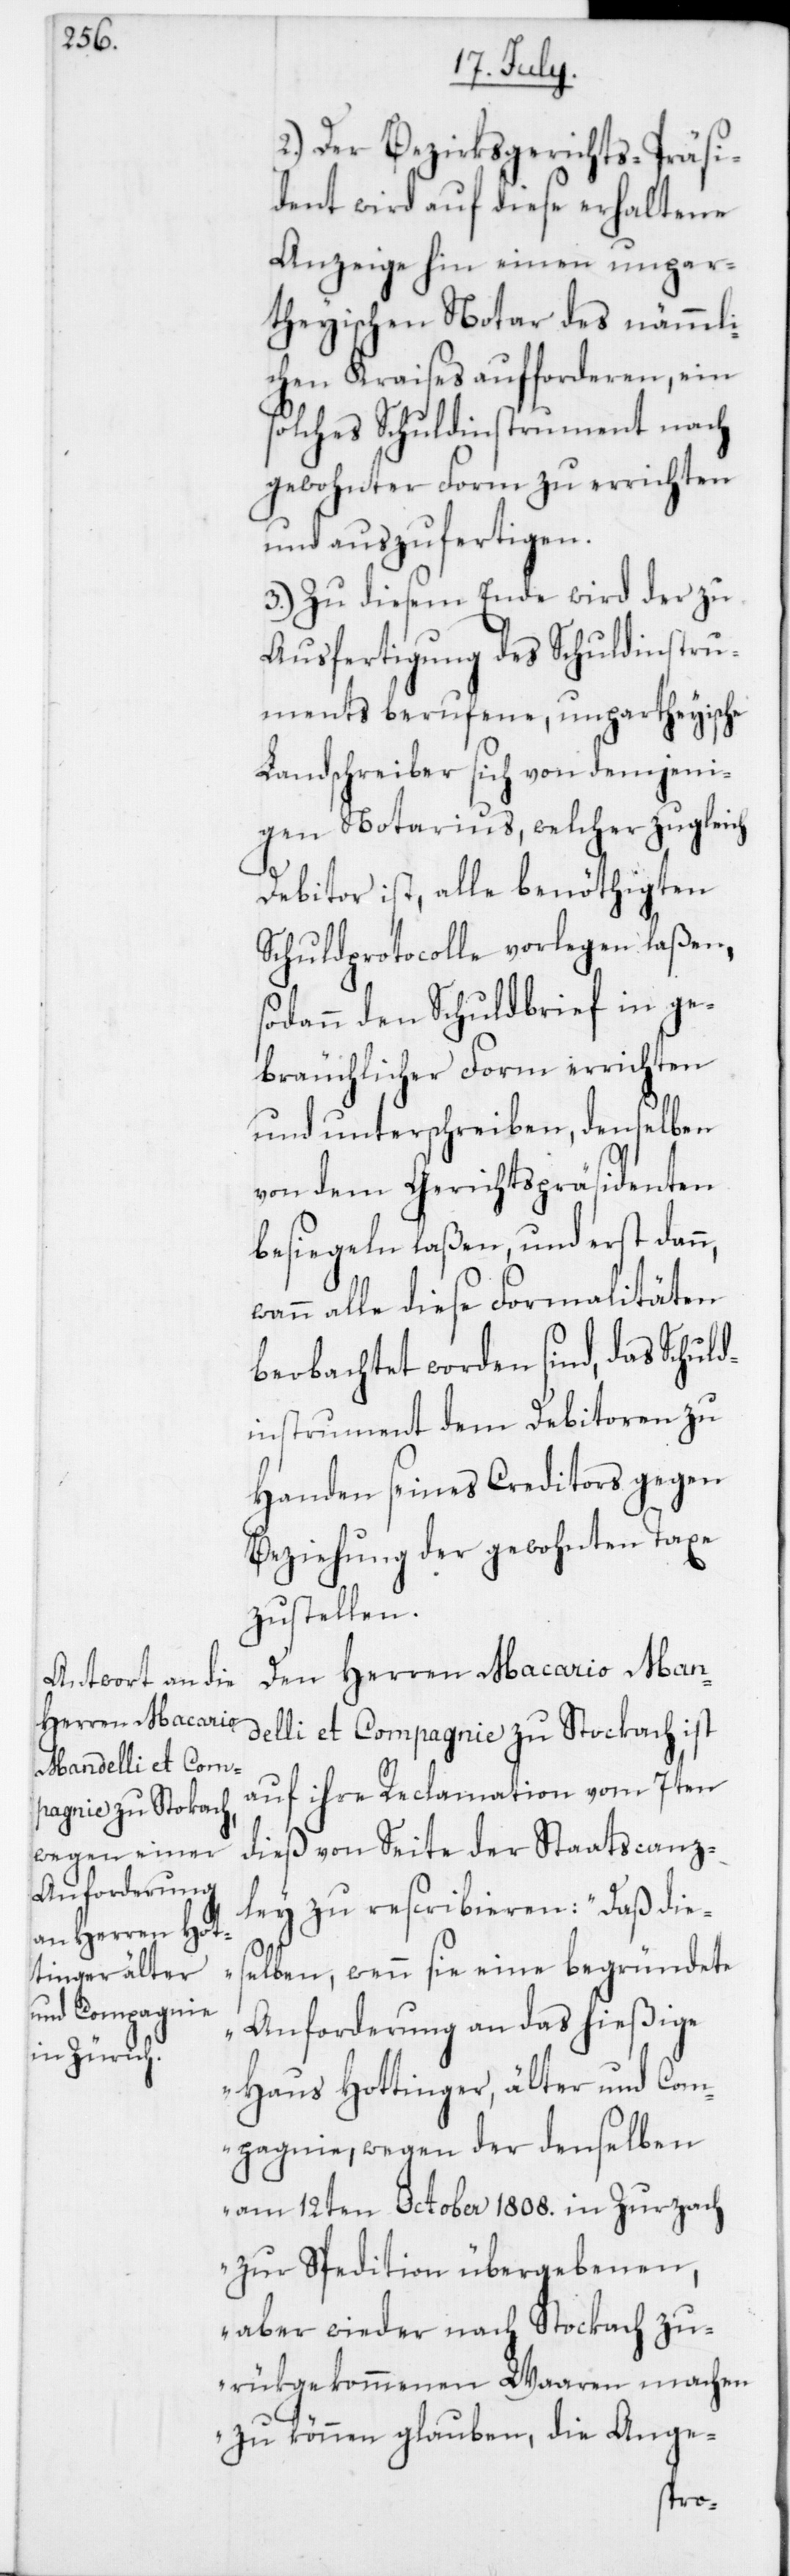
2. Der Bezirksgerichts-Präsi¬
dent wird auf diese erhaltene
Anzeige hin einen unpar¬
theyischen Notar des nämmli¬
chen Kraises aufforderen, ein
solches Schuldinstrument nach
gewohnter Form zu errichten
und auszufertigen.
3. Zu diesem Ende wird der zu
Ausfertigung des Schuldinstru¬
ments berufene, unpartheyische
Landschreiber sich von demjeni¬
gen Notarius, welcher zugleich
n,
Debitor ist, alle benöthigten
Schuldprotocolle vorlegen laßen,
sodann den Schuldbrief in ge¬
bräuchlicher Form errichten
und unterschreiben, denselben
von dem Gerichtspräsidenten
besiegeln laßen, und erst dan¬
wenn alle diese Formalitäten
beobachtet worden sind, das Schuld¬
instrument dem Debitoren zu
Handen seines Creditors gegen
Beziehung der gewohnten Taxe
zustellen.
Den Herren Macario Man¬
delli et Compagnie zu Stockach ist
auf ihre Reclamation vom 7ten
dieß von Seite der Staatscanz¬
ley zu rescribieren: „Daß dies¬
elben, wenn sie eine begründete
Anforderung an das hießige
Haus Hottinger älter und Com¬
pagnie, wegen der denselben
am 12ten October 1808. in Zurzach
zur Spedition übergebenen,
aber wieder nach Stockach zu¬
rükgekommenen Waaren machen
zu können glauben, die Ange-